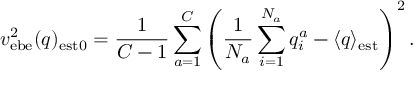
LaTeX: v _ { \mathrm { e b e } } ^ { 2 } ( q ) _ { \mathrm { e s t 0 } } = { \frac { 1 } { C - 1 } } \sum _ { a = 1 } ^ { C } \left( { \frac { 1 } { N _ { a } } } \sum _ { i = 1 } ^ { N _ { a } } q _ { i } ^ { a } - \langle q \rangle _ { \mathrm { e s t } } \right) ^ { 2 } .